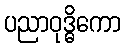
ပညာဝုဒ္ဓိကော